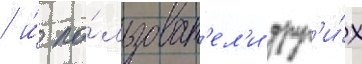
/ и́ по́льзоват'ел'и друг'и́х